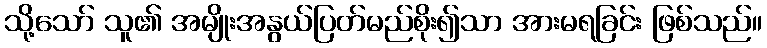
သို့သော် သူ၏ အမျိုးအနွယ်ပြတ်မည်စိုး၍သာ အားမရခြင်း ဖြစ်သည်။